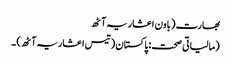
بھارت (باون اعشاریہ آٹھ
(مالیاتی صحت: پاکستان (تیس اعشاریہ آٹھ) ۔